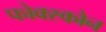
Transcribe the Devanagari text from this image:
फोक्स्कोन